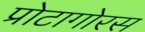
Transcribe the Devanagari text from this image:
प्रोटागोरस